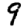
Digit: 9